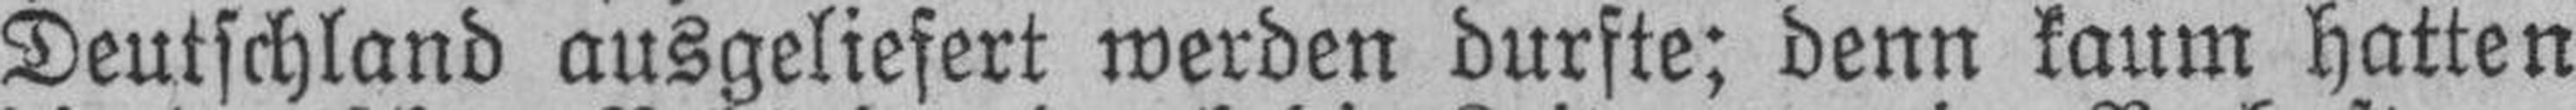
Deutschland ausgeliefert werden durfte; denn kaum hatten